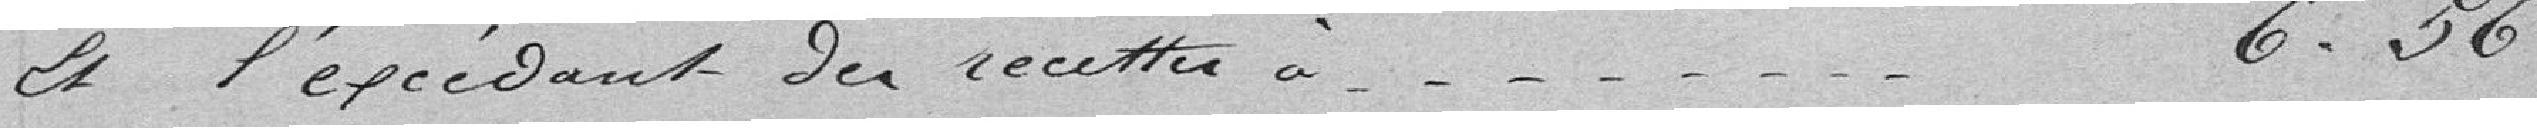
Et excèdent des recettes à 6,56